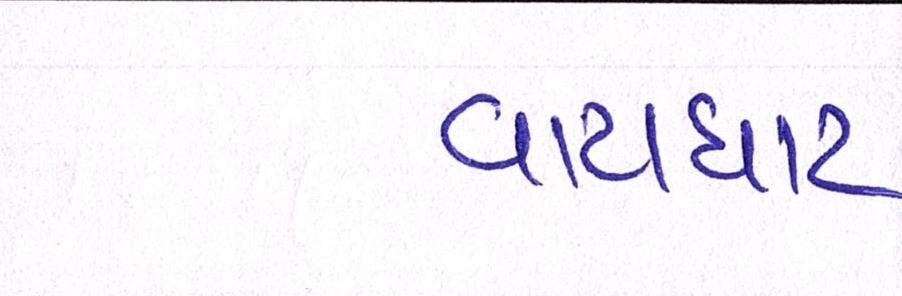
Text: વાટાઘાટ